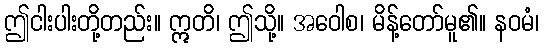
ဤငါးပါးတို့တည်း။ ဣတိ၊ ဤသို့။ အဝေါစ၊ မိန့်တော်မူ၏။ နဝမံ၊